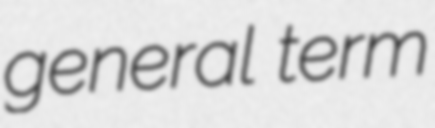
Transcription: general term